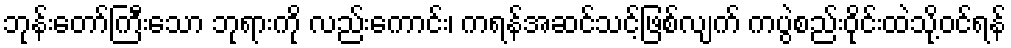
ဘုန်းတော်ကြီးသော ဘုရားကို လည်းကောင်း၊ ကရန်အဆင်သင့်ဖြစ်လျက် ကပွဲစည်းဝိုင်းထဲသို့ဝင်ရန်